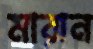
মারান